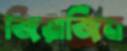
জিয়াজিন